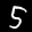
Label: 5